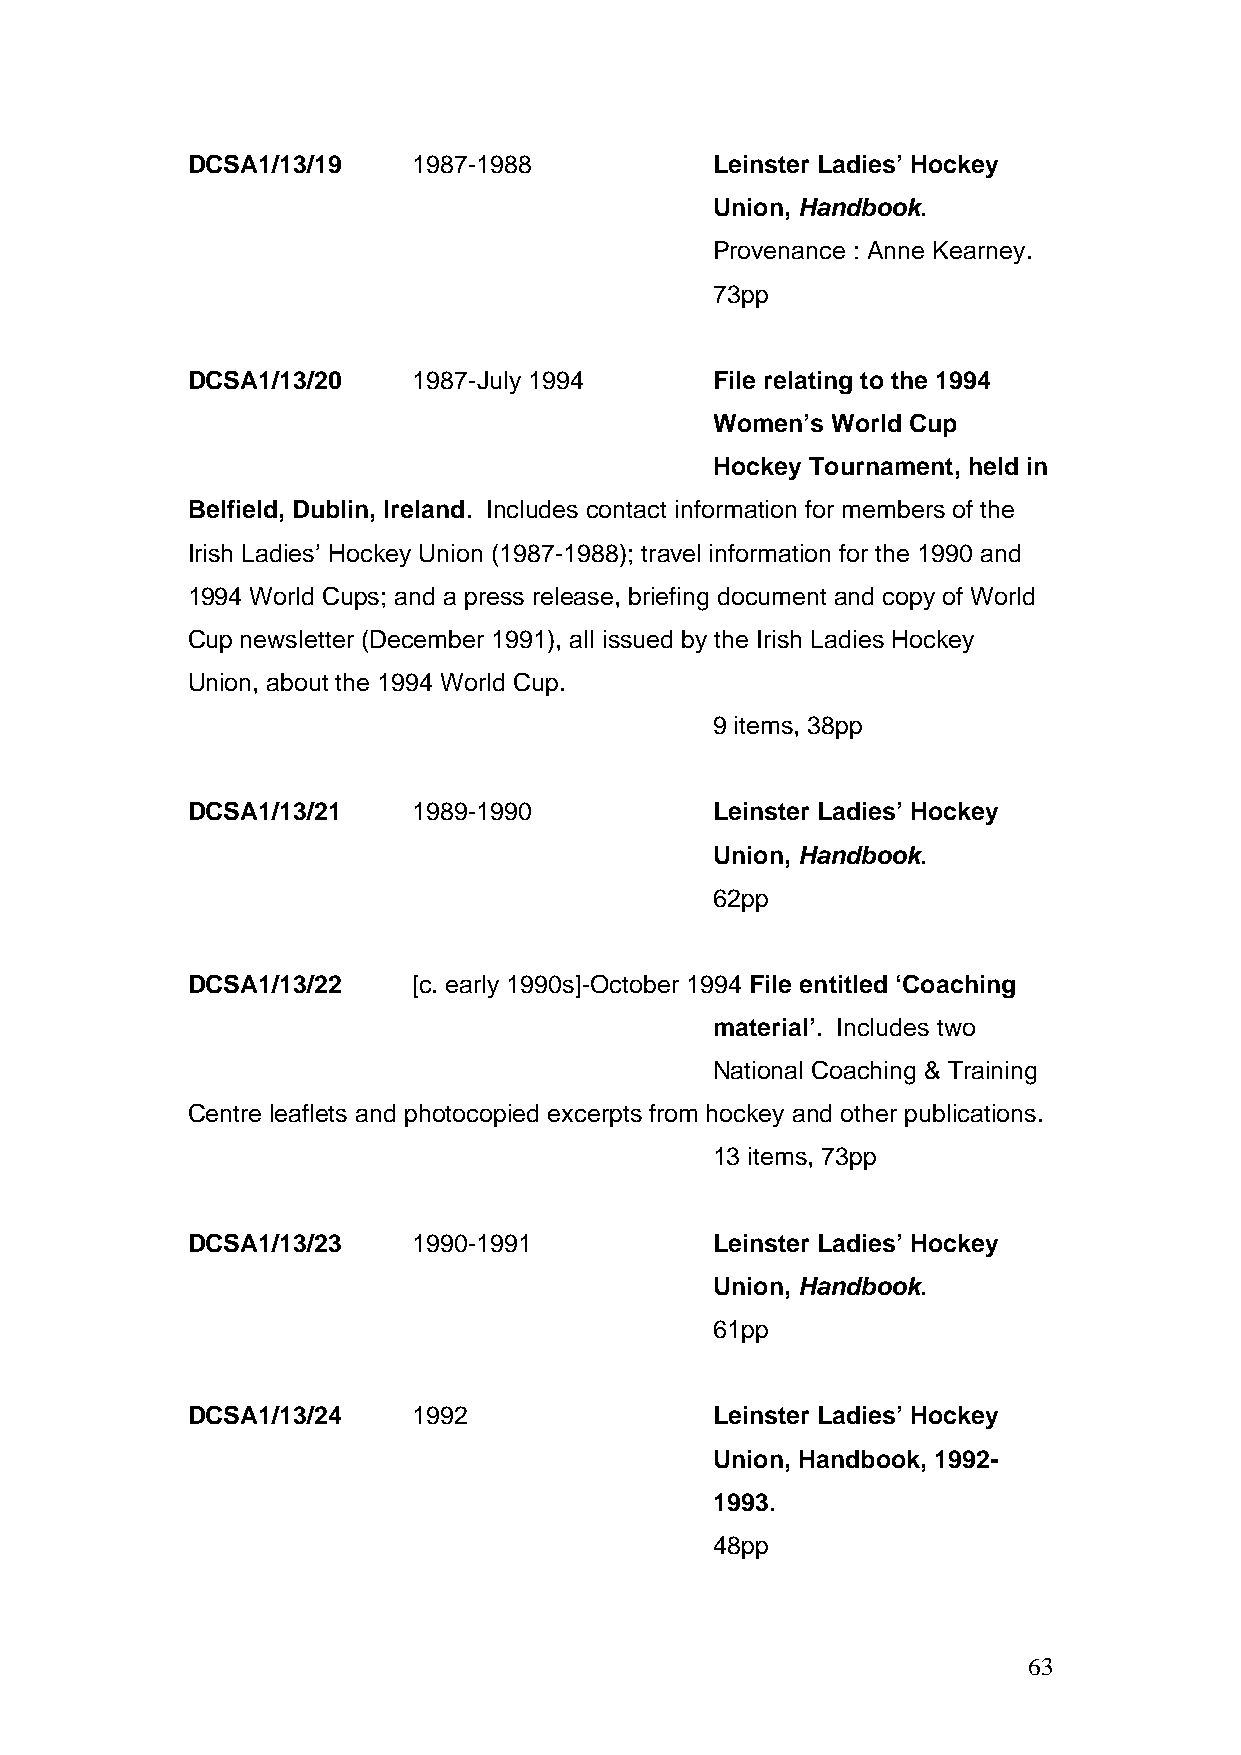
DCSA1/13/19    1987-1988           Leinster Ladies’ Hockey
 Union, Handbook.
 Provenance : Anne Kearney.
 73pp
 DCSA1/13/20    1987-July 1994      File relating to the 1994
 Women’s World Cup
 Hockey Tournament, held in
 Belfield, Dublin, Ireland. Includes contact information for members of the
 Irish Ladies’ Hockey Union (1987-1988); travel information for the 1990 and
 1994 World Cups; and a press release, briefing document and copy of World
 Cup newsletter (December 1991), all issued by the Irish Ladies Hockey
 Union, about the 1994 World Cup.
 9 items, 38pp
 DCSA1/13/21    1989-1990           Leinster Ladies’ Hockey
 Union, Handbook.
 62pp
 DCSA1/13/22    [c. early 1990s]-October 1994 File entitled ‘Coaching
 material’. Includes two
 National Coaching & Training
 Centre leaflets and photocopied excerpts from hockey and other publications.
 13 items, 73pp
 DCSA1/13/23    1990-1991           Leinster Ladies’ Hockey
 Union, Handbook.
 61pp
 DCSA1/13/24    1992                Leinster Ladies’ Hockey
 Union, Handbook, 1992-
 1993.
 48pp
 63